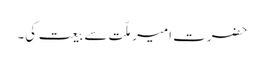
حضرت امیرِ ملّت سے بیعت کی۔